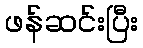
ဖန်ဆင်းပြီး